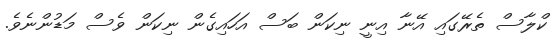
ކްލާސް ތެރޭގައި އޭނާ އިނީ ނިކަން ބަސް އަހައިގެން ނިކަން ވެސް މަޑުންނެވެ.